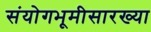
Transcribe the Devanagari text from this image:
संयोगभूमीसारख्या